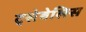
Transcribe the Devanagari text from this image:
ट्सेबेलिस